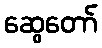
ဆွေတော်